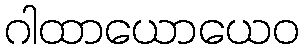
ဂါထာယောယေဝ